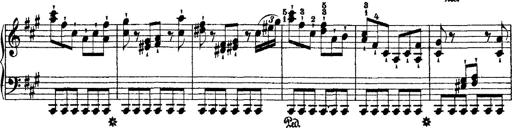
Title: 2 KonzertetÃ¼den
Composer: Franz Liszt